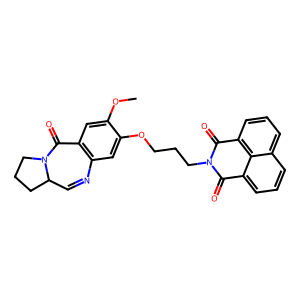
SMILES: COc1cc2c(cc1OCCCN1C(=O)c3cccc4cccc(c34)C1=O)N=CC1CCCN1C2=O
Inhibits HIV replication: Yes